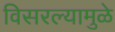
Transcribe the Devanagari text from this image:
विसरल्यामुळे